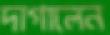
দাগালেন